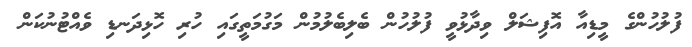
ފުލުހުންގެ މީޑިއާ އޮފިޝަލް ވިދާޅުވީ ފުލުހުން ބެލިބެލުމުން މަގުމަތީގައި ހުރި ހޮޅިދަނޑި ވެއްޓުނުކަން